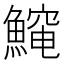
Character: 𱆻